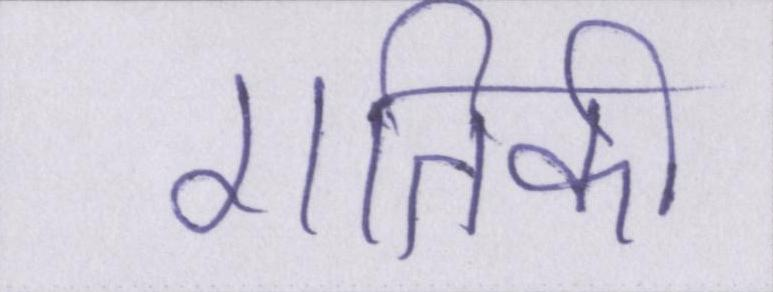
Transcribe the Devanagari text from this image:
गतिकी